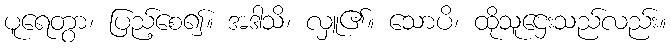
ပူရေတွာ၊ ပြည့်စေ၍။ အဒါသိ၊ လှူ၏။ သောပိ၊ ထိုသူဌေးသည်လည်း။